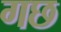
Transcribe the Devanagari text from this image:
गछ